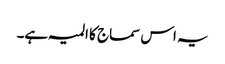
یہ اس سماج کا المیہ ہے۔